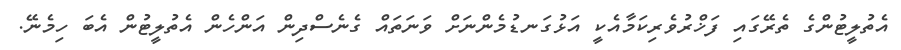
އެތުލީޓުންގެ ތެރޭގައި ފަޚްރުވެރިކަމާއެކީ އަޅުގަނޑުމެންނަށް ވަނަތައް ގެނެސްދިން އަންހެން އެތުލީޓުން އެބަ ހިމެނޭ.